Civil Veterinary Dept. North-West Frontier Province 1933-46 - 1933-1946
Year: 1933
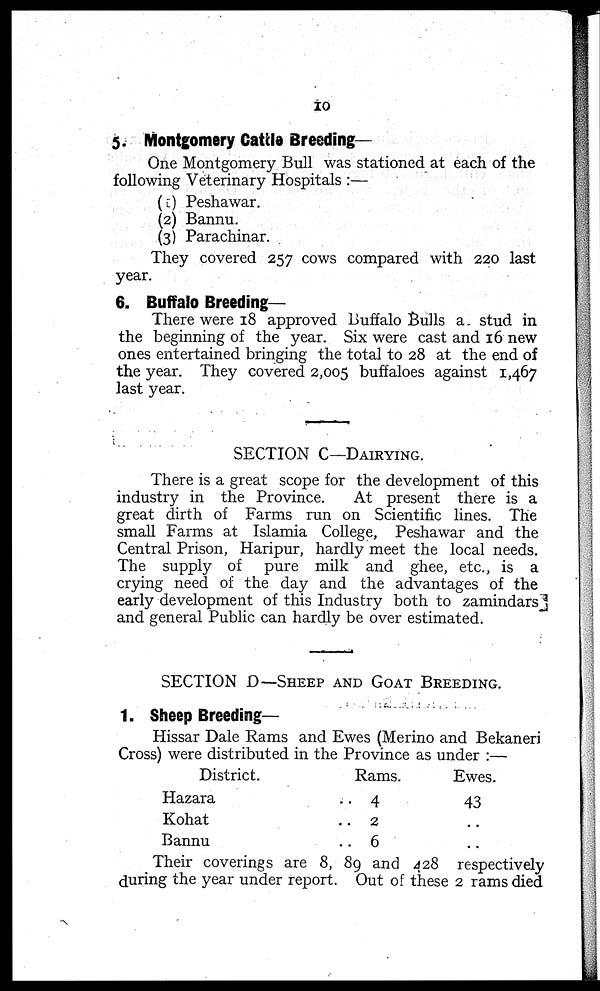
10
5. Montgomery Cattle Breeding-
One Montgomery Bull was stationed at each of the
following Veterinary Hospitals :—
(1) Peshawar.
(2) Bannu.
(3) Parachinar.
They covered 257 cows compared with 220 last
year.
6. Buffalo Breeding-
There were 18 approved Buffalo Bulls a. stud in
the beginning of the year. Six were cast and 16 new
ones entertained bringing the total to 28 at the end of
the year. They covered 2,005 buffaloes against 1,467
last year.
SECTION C—DAIRYING.
There is a great scope for the development of this
industry in the Province.
At present there is a
great dirth of Farms run on Scientific lines. The
small Farms at Islamia College, Peshawar and the
Central Prison, Haripur, hardly meet the local needs.
The supply of pure milk and ghee, etc., is a
crying need of the day and the advantages of the
early development of this Industry both to zamindars
and general Public can hardly be over estimated.
SECTION D—SHEEP AND GOAT BREEDING.
1. Sheep Breeding—
Hissar Dale Rams and Ewes (Merino and Bekaneri
Cross) were distributed in the Province as under :—
District.
Hazara
Kohat
Bannu
Rams.
.. 4
..
2
.. 6
Ewes.
43
..
..
Their coverings are 8, 89 and 428 respectively
during the year under report. Out of these 2 rams died